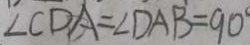
\angle C D A = \angle D A B = 9 0 ^ { \circ }